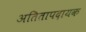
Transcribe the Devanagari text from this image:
अतितापदायक